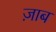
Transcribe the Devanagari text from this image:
ज़ाब